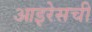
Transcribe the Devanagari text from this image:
आइरेसची